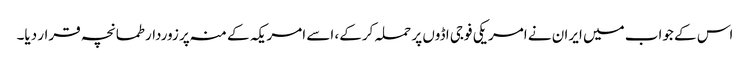
اس کے جواب میں ایران نے امریکی فوجی اڈوں پر حملہ کرکے، اسے امریکہ کے منہ پر زوردار طمانچہ قرار دیا۔